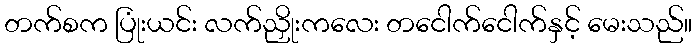
တက်စက ပြုံးယင်း လက်ညှိုးကလေး တငေါက်ငေါက်နှင့် မေးသည်။